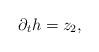
LaTeX: \begin{align*} \partial_t h = z_2,\end{align*}